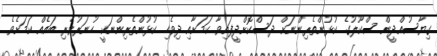
ގިޔާސުއްދީން ސްކޫލުގެ ކުޅުންތެރިންނަށް ދަސްކޮށްދީފައިވާ ކަމަށާއި ދިވެހި ކުޅުންތެރިންނަކީ ހުނަރުވެރި ބައެއް ކަމަށެވެ.